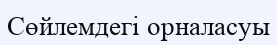
Сөйлемдегі орналасуы